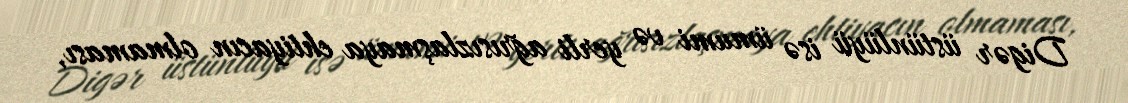
Digər üstünlüyü isə ümumi və yerli ağrısızlaşmaya ehtiyacın olmaması,